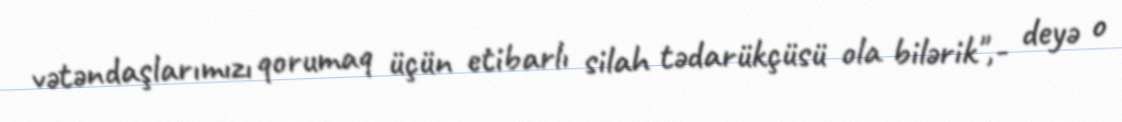
vətəndaşlarımızı qorumaq üçün etibarlı silah tədarükçüsü ola bilərik",- deyə o